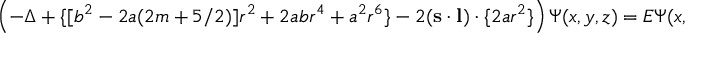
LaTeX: \left( - \Delta + \{ [ b ^ { 2 } - 2 a ( 2 m + 5 / 2 ) ] r ^ { 2 } + 2 a b r ^ { 4 } + a ^ { 2 } r ^ { 6 } \} - 2 ( { \bf s \cdot l } ) \cdot \{ 2 a r ^ { 2 } \} \right) \Psi ( x , y , z ) = E \Psi ( x , y , z )